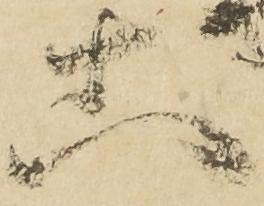
等